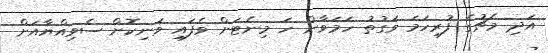
އަދި މެޗުގެ ފުރިހަމަ ވަގުތު ހަމަވާން ހަ މިނެޓަށް ވެފައި ވަނިކޮށް ސެވިއްޔާއަށް